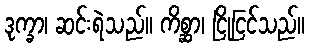
ဒုက္ခာ၊ ဆင်းရဲသည်။ ကိစ္ဆာ၊ ငြိုငြင်သည်။